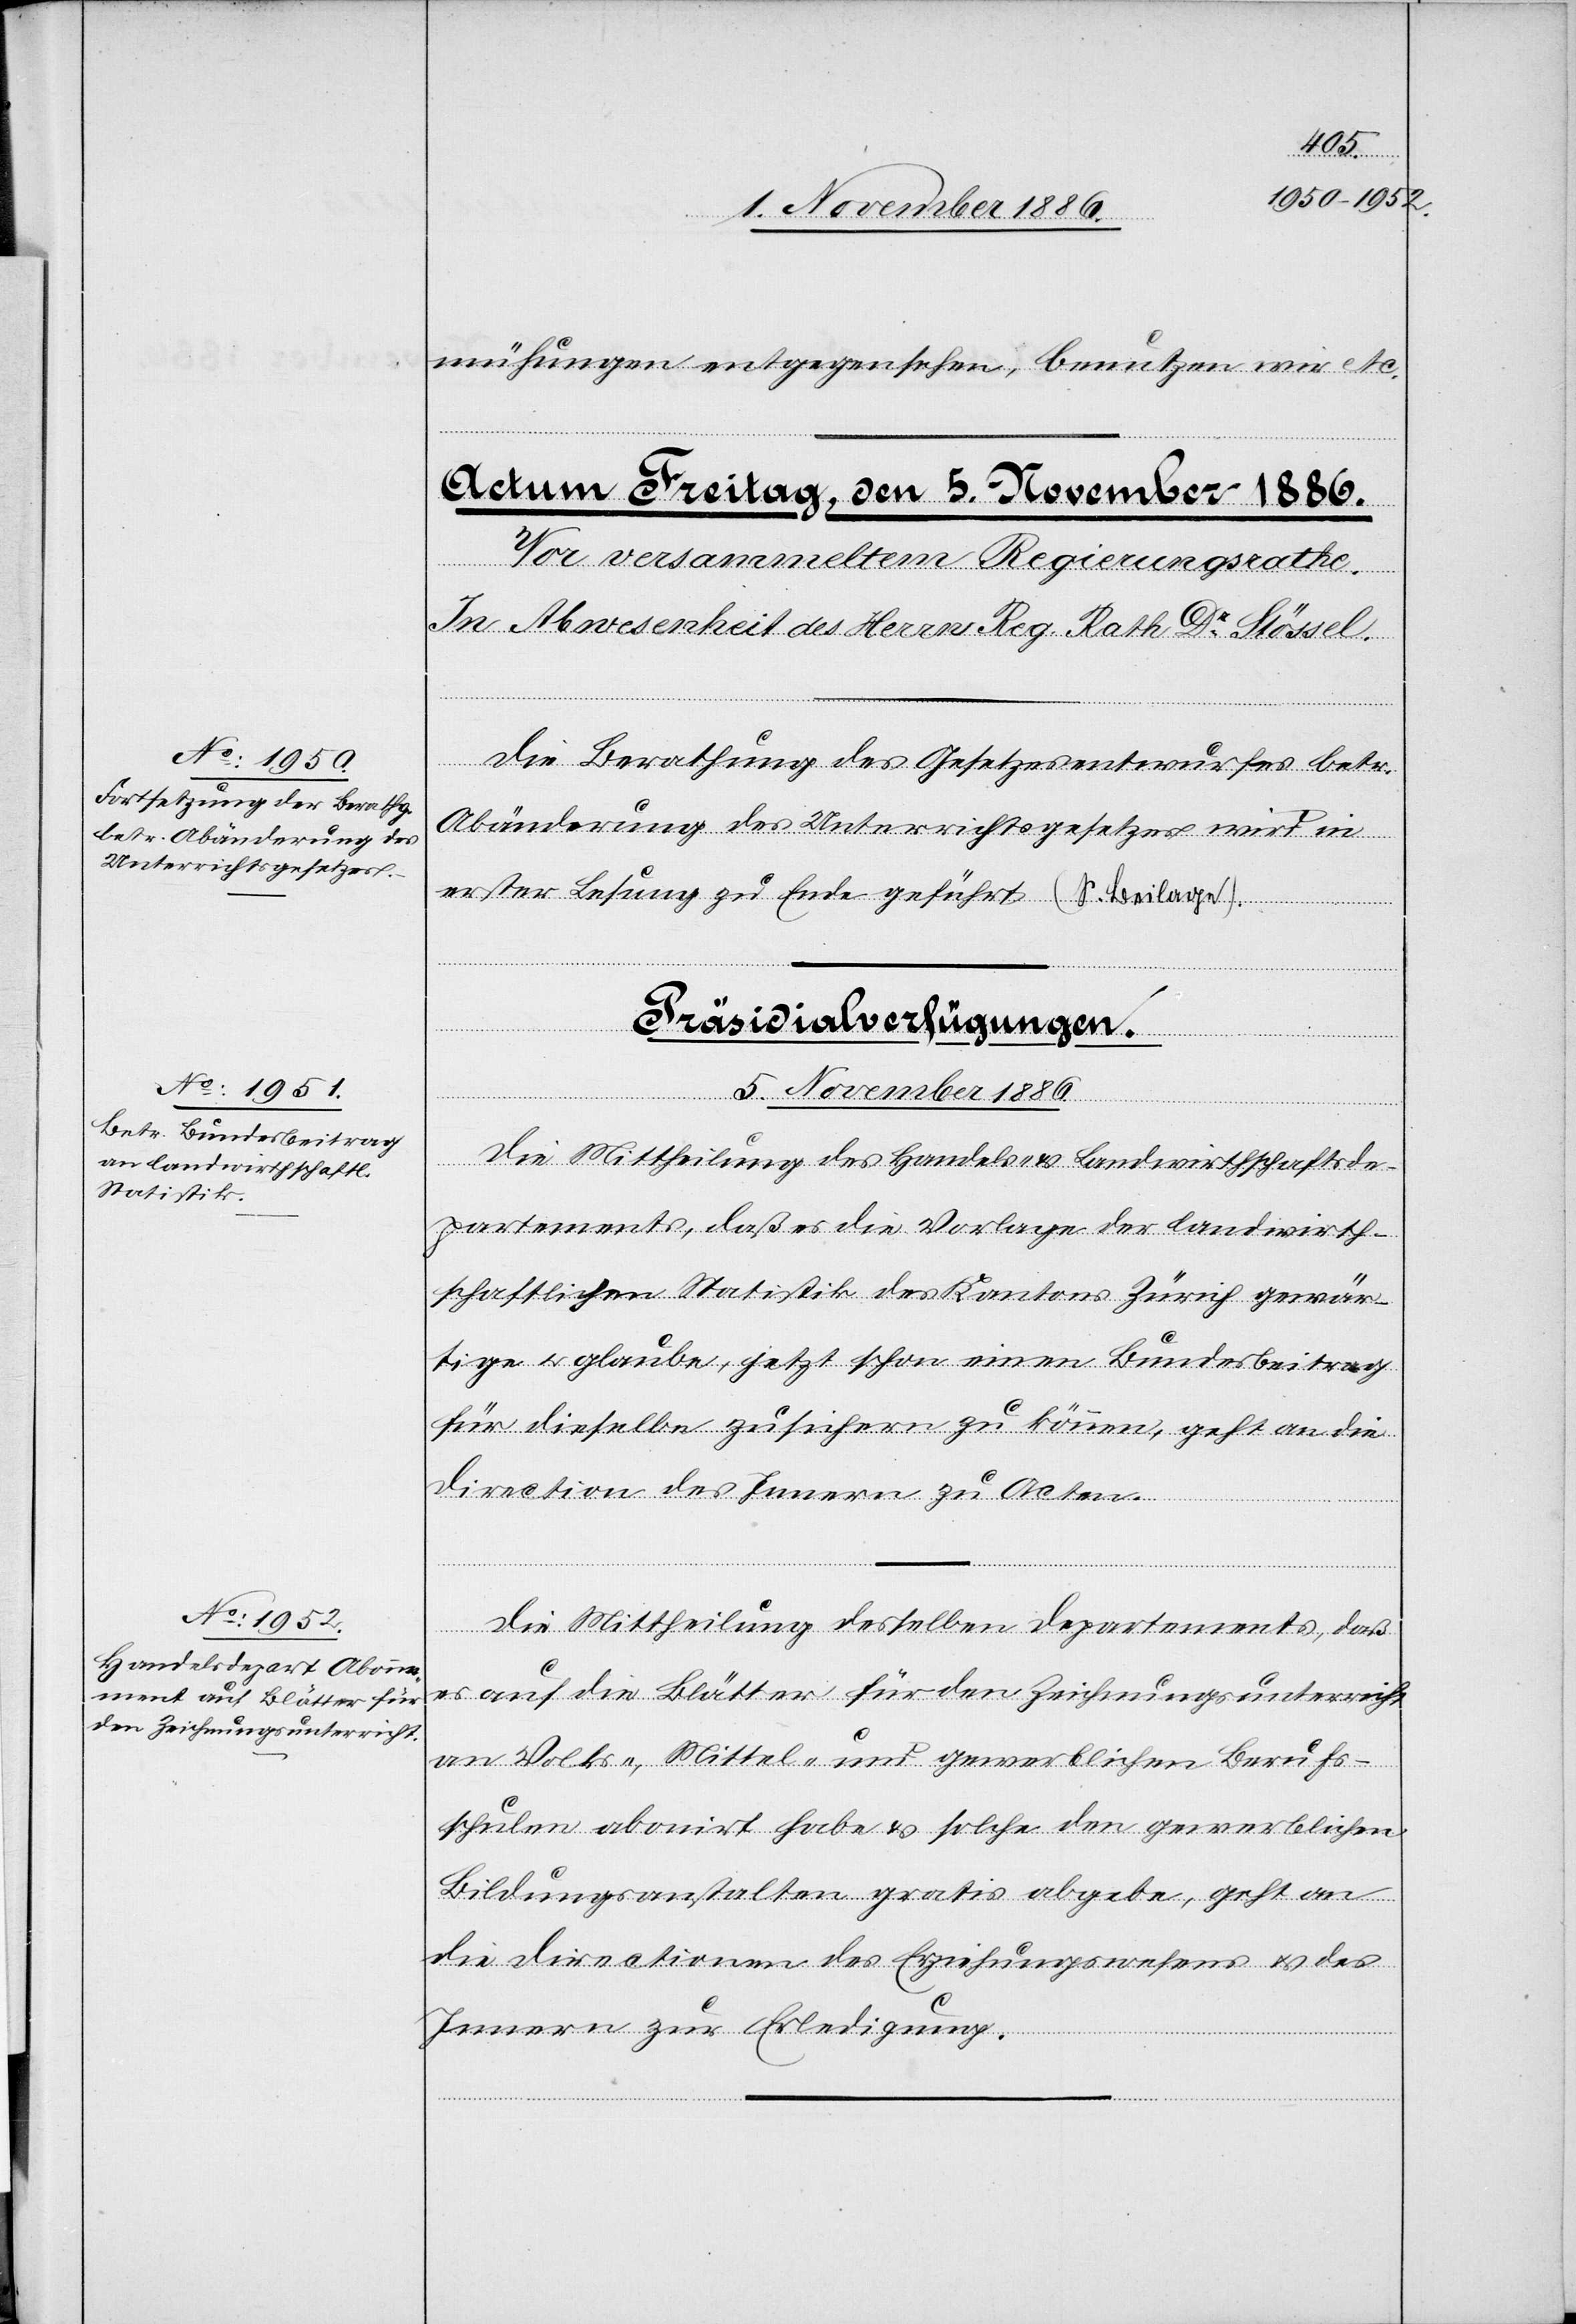
mühungen entgegensehen, benutzen wir etc.
Die Berathung des Gesetzesentwurfes betr.
Abänderung des Unterrichtsgesetzes wird in
erster Lesung zu Ende geführt (S. Beilage).
[Präsidialverfügungen.
5. November 1886.]
Die Mittheilung des Handels- & Landwirthschaftsde¬
partements, daß es die Vorlage der landwirth¬
schaftlichen Statistik des Kantons Zürich gewär¬
tige & glaube, jetzt schon einen Bundesbeitrag
für dieselbe zusichern zu können, geht an die
Direction des Innern zu Acten.
Die Mittheilung desselben Departements, daß
es auf die Blätter für den Zeichnungsunterricht
an Volks-, Mittel- und gewerblichen Berufs¬
schulen abonirt [sic!] habe & solche den gewerblichen
Bildungsanstalten gratis abgebe, geht an
die Directionen des Erziehungswesens & des
Innern zur Erledigung.